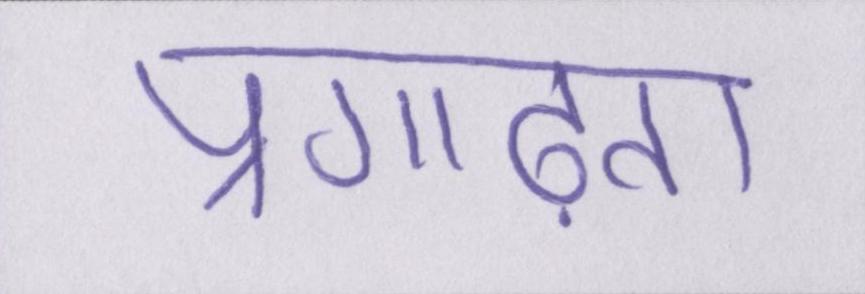
प्रगाढ़ता